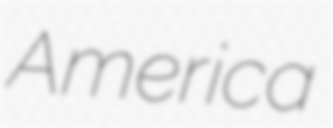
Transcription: America